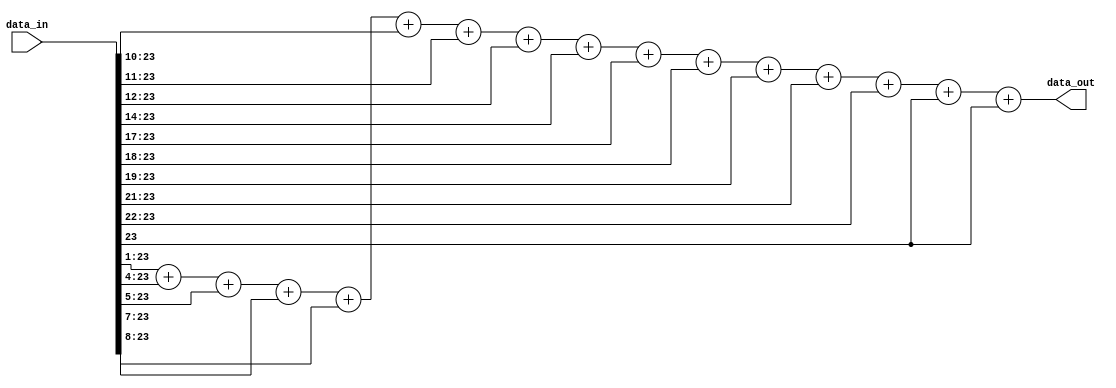
// -----------------------------------------------------------------------
// EDABK       401 C9 Building, Hanoi University of Science and Technology
//             No 1, Dai Co Viet Street, Hai Ba Trung Dist., Hanoi
// -----------------------------------------------------------------------
// Project     : Singular Value Decomposition

module mulk
#(
	parameter WIDTH=24
)
(
	input		signed	[WIDTH-1:0]		data_in,
	output 		 		[WIDTH-1:0]		data_out
);

 // 0.1001101101110100111011011 = 0.607252925634384
  assign data_out = (data_in>>>1)+(data_in>>>4)+(data_in>>>5)+(data_in>>>7)+(data_in>>>8)+(data_in>>>10)+(data_in>>>11)+(data_in>>>12)
         +(data_in>>>14)+(data_in>>>17)+(data_in>>>18)+(data_in>>>19)+(data_in>>>21)+(data_in>>>22)+(data_in>>>24)+(data_in>>>25);

endmodule